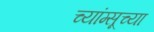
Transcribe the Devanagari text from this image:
च्यांग्सूच्या